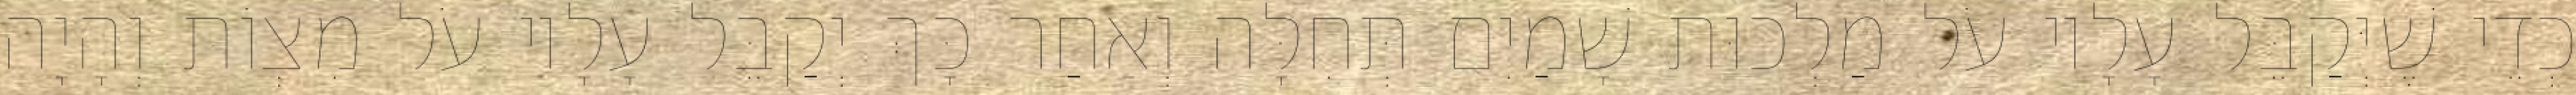
כְדֵי שֶׁיְּקַבֵּל עָלָיו עֹל מַלְכוּת שָׁמַיִם תְּחִלָּה וְאַחַר כָּךְ יְקַבֵּל עָלָיו עֹל מִצְוֹת וְהָיָה